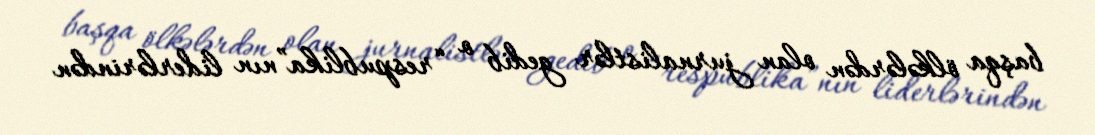
başqa ölkələrdən olan jurnalistlər gedib o “respublika”nın liderlərindən